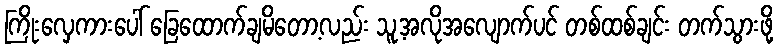
ကြိုးလှေကားပေါ် ခြေထောက်ချမိတော့လည်း သူ့အလိုအလျောက်ပင် တစ်ထစ်ချင်း တက်သွားဖို့